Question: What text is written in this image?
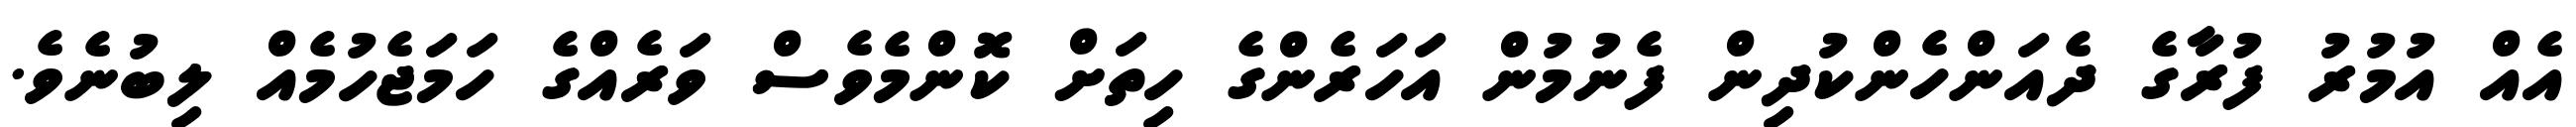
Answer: އެއް އުމުރު ފުރާގެ ދެއަންހެންކުދިން ފެނުމުން އަހަރެންގެ ހިތަށް ކޮންމެވެސް ވަރެއްގެ ހަމަޖެހުމެއް ލިބުނެވެ.